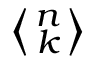
\textstyle \left\langle { n \atop k } \right\rangle